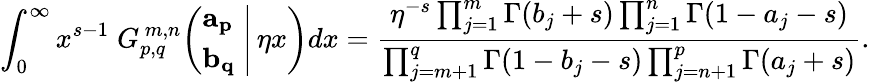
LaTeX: \int_{0}^{\infty}x^{s-1}\; G_{p,q}^{\, m,n}\! \left(\left.{\begin{array}{l}{\mathbf{a_{p}}}\\ {\mathbf{b_{q}}}\end{array}}\; \right|\, \eta x\right)dx={\frac{\eta^{-s}\prod_{j=1}^{m}\Gamma(b_{j}+s)\prod_{j=1}^{n}\Gamma(1-a_{j}-s)}{\prod_{j=m+1}^{q}\Gamma(1-b_{j}-s)\prod_{j=n+1}^{p}\Gamma(a_{j}+s)}}.